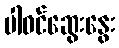
ပါဝင်ဆွေးနွေး